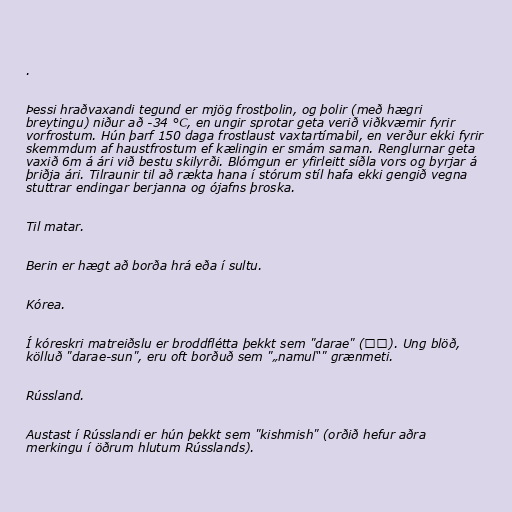
.

Þessi hraðvaxandi tegund er mjög frostþolin, og þolir (með hægri
breytingu) niður að -34 °C, en ungir sprotar geta verið viðkvæmir fyrir
vorfrostum. Hún þarf 150 daga frostlaust vaxtartímabil, en verður ekki fyrir
skemmdum af haustfrostum ef kælingin er smám saman. Renglurnar geta
vaxið 6m á ári við bestu skilyrði. Blómgun er yfirleitt síðla vors og byrjar á
þriðja ári. Tilraunir til að rækta hana í stórum stíl hafa ekki gengið vegna
stuttrar endingar berjanna og ójafns þroska.

Til matar.

Berin er hægt að borða hrá eða í sultu.

Kórea.

Í kóreskri matreiðslu er broddflétta þekkt sem "darae" (다래). Ung blöð,
kölluð "darae-sun", eru oft borðuð sem "„namul“" grænmeti.

Rússland.

Austast í Rússlandi er hún þekkt sem "kishmish" (orðið hefur aðra
merkingu í öðrum hlutum Rússlands).